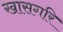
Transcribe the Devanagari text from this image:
खासगरि